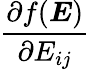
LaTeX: \frac{\partial f(\boldsymbol{E})}{\partial E_{ij}}